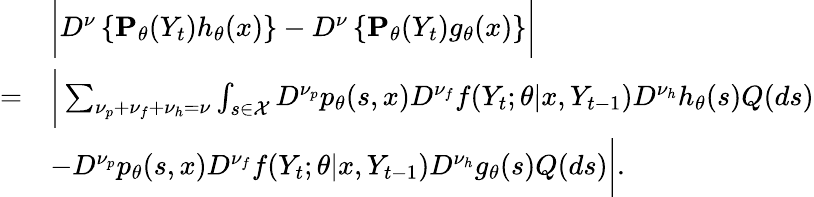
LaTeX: \begin{array}{rl}&{\bigg\vert D^{\nu}\left\{ {\mathbf P}_{\theta}(Y_{t})h_{\theta}(x)\right\} -D^{\nu}\left\{ {\mathbf P}_{\theta}(Y_{t})g_{\theta}(x)\right\} \bigg\vert}\\ {=}&{\bigg\vert\sum_{\nu_{p}+\nu_{f}+\nu_{h}=\nu}\int_{s\in\mathcal{X}}D^{\nu_{p}}p_{\theta}(s,x)D^{\nu_{f}}f(Y_{t};\theta|x,Y_{t-1})D^{\nu_{h}}h_{\theta}(s)Q(ds)}\\ &{-D^{\nu_{p}}p_{\theta}(s,x)D^{\nu_{f}}f(Y_{t};\theta|x,Y_{t-1})D^{\nu_{h}}g_{\theta}(s)Q(ds)\bigg\vert.}\end{array}